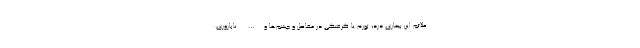
علائم این بیماری درد، تورم یا گرفتگی در مفاصل و چشم‌ها و …. ناباروری: